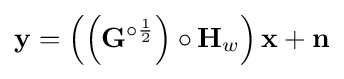
\mathbf {y} =\left(\left(\mathbf {G} ^{\circ {\frac {1}{2}}}\right)\circ \mathbf {H} _{w}\right)\mathbf {x} +\mathbf {n}